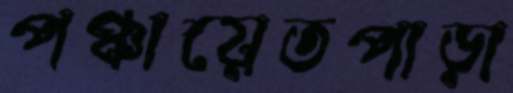
পঞ্চায়েতপাড়া